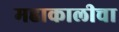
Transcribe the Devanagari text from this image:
महाकालीचा